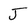
Character: J